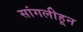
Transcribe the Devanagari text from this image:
सांगलीहून